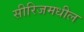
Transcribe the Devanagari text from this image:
सीरिजमधील